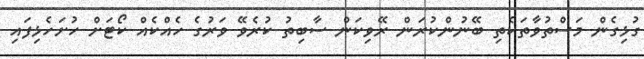
ގުޅިގެން މަސްތުވާތަކެތި ބޭނުންކުރަން ރޭވިކަން ސާބިތު ކުރެވޭ ވަރުގެ ހެއްކެއް ކޯޓަށް ހުށަހެޅިފައި